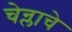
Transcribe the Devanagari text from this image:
चेन्लाचे